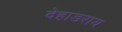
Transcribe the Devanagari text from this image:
देहाडराय